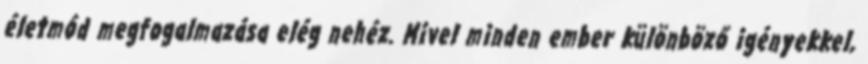
életmód megfogalmazása elég nehéz. Mivel minden ember különböző igényekkel,